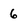
Character: 6